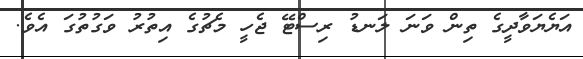
އަޔެޔަވާދީގެ ތިން ވަނަ ލަނޑު ރިސްޓޭ ޖެހީ މެޗުގެ އިތުރު ވަގުތުގަ އެވެ.